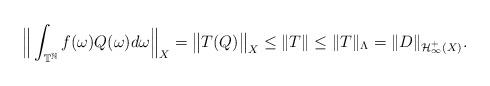
LaTeX: \begin{align*} \Big\|\int_{\mathbb{T}^{\mathbb{N}}} f(\omega) Q(\omega) d \omega \Big\|_{X} = \big\| T(Q) \big\|_X \leq \|T\| \leq \|T\|_\Lambda = \|D\|_{\mathcal{H}^{+}_\infty(X)}.\end{align*}